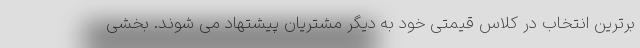
برترین انتخاب در کلاس قیمتی خود به دیگر مشتریان پیشتهاد می شوند. بخشی